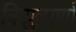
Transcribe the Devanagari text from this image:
विद्युत्पर्णा